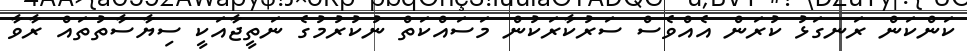
ކަންކަން ރަނގަޅު ކުރަން އެއްވެސް ސަރުކާރަކުން މަސައްކަތް ނުކުރުމުގެ ނަތީޖާއަކީ ސިޔާސާތުތައް ރާވާ